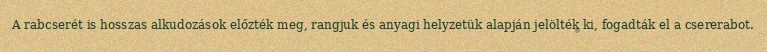
A rabcserét is hosszas alkudozások előzték meg, rangjuk és anyagi helyzetük alapján jelölték ki, fogadták el a csererabot.